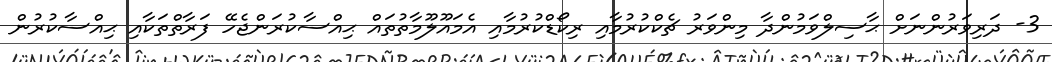
3- ދަރިވަރުންނަށް ޙާސިލްވަމުންދާ މިންވަރު ޗެކްކުރުމާއި ރިކޯޑްކުރުމާއި އެމައޫލޫމާތުތައް ޙިއްސާކުރަންޖެހޭ ފަރާތްތަކާއި ޙިއްސާކުރުން